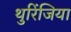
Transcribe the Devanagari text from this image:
थुरिंजिया